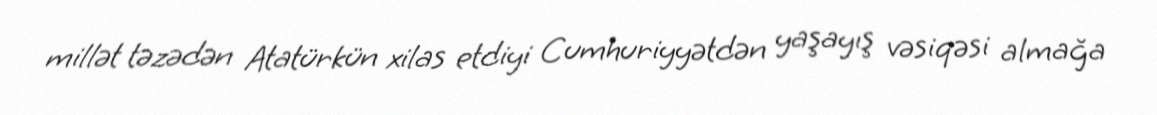
millət təzədən Atatürkün xilas etdiyi Cumhuriyyətdən yaşayış vəsiqəsi almağa